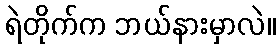
ရဲတိုက်က ဘယ်နားမှာလဲ။